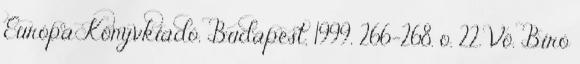
Európa Könyvkiadó, Budapest, 1999, 266–268. o. 22. Vö. Bíró